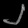
Digit: ၂